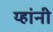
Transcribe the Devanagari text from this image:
य्हांनी